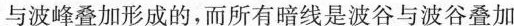
与波峰叠加形成的，而所有暗线是波谷与波谷叠加